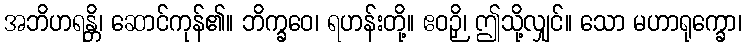
အဘိဟရန္တိ၊ ဆောင်ကုန်၏။ ဘိက္ခဝေ၊ ရဟန်းတို့။ ဧဝဉှိ၊ ဤသို့လျှင်။ သော မဟာရုက္ခော၊